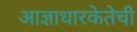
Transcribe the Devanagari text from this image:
आज्ञाधारकेतेची